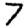
Digit: 7